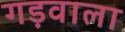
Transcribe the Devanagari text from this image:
गड़वाला